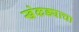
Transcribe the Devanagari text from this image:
खेकड्याचा